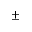
\pm